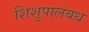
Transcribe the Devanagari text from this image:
शिशुपालबध